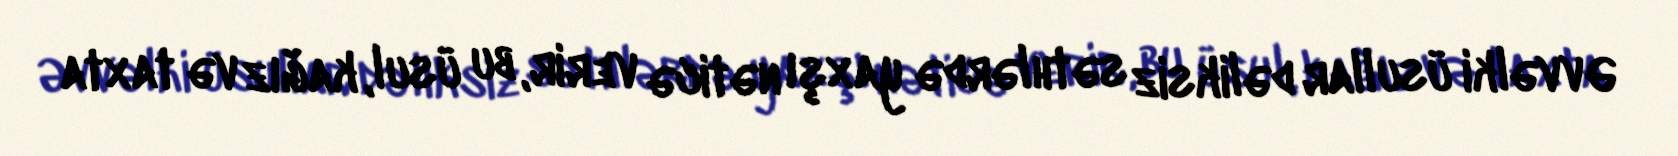
Əvvəlki üsullar dəliksiz səthlərdə yaxşı nəticə verir, bu üsul, kağız və taxta